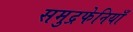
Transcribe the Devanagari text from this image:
समुद्रफेनियाँ